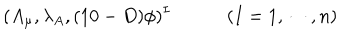
( A _ { \mu } , \lambda _ { A } , ( 1 0 - D ) \phi ) ^ { I } \qquad \quad ( I = 1 , \cdots , n )